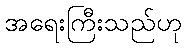
အရေးကြီးသည်ဟု